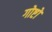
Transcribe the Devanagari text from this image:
गोष्टो